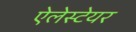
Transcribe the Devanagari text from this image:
ऐलेस्टेयर